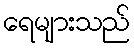
ရေများသည်